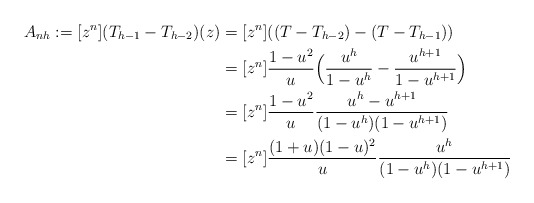
\begin{align*} A_{nh}:=[z^n](T_{h-1}-T_{h-2})(z)&=[z^n]((T-T_{h-2})-(T-T_{h-1}))\\ &=[z^n]\frac{1-u^2}{u}\Bigl(\frac{u^{h}}{1-u^h}-\frac{u^{h+1}}{1-u^{h+1}}\Bigr)\\ &=[z^n]\frac{1-u^2}{u}\frac{u^h-u^{h+1}}{(1-u^h)(1-u^{h+1})}\\ &=[z^n]\frac{(1+u)(1-u)^2}{u}\frac{u^h}{(1-u^h)(1-u^{h+1})} \end{align*}